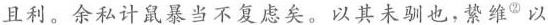
且利。余私计鼠暴当不复虑矣。以其未驯也，絷维②以